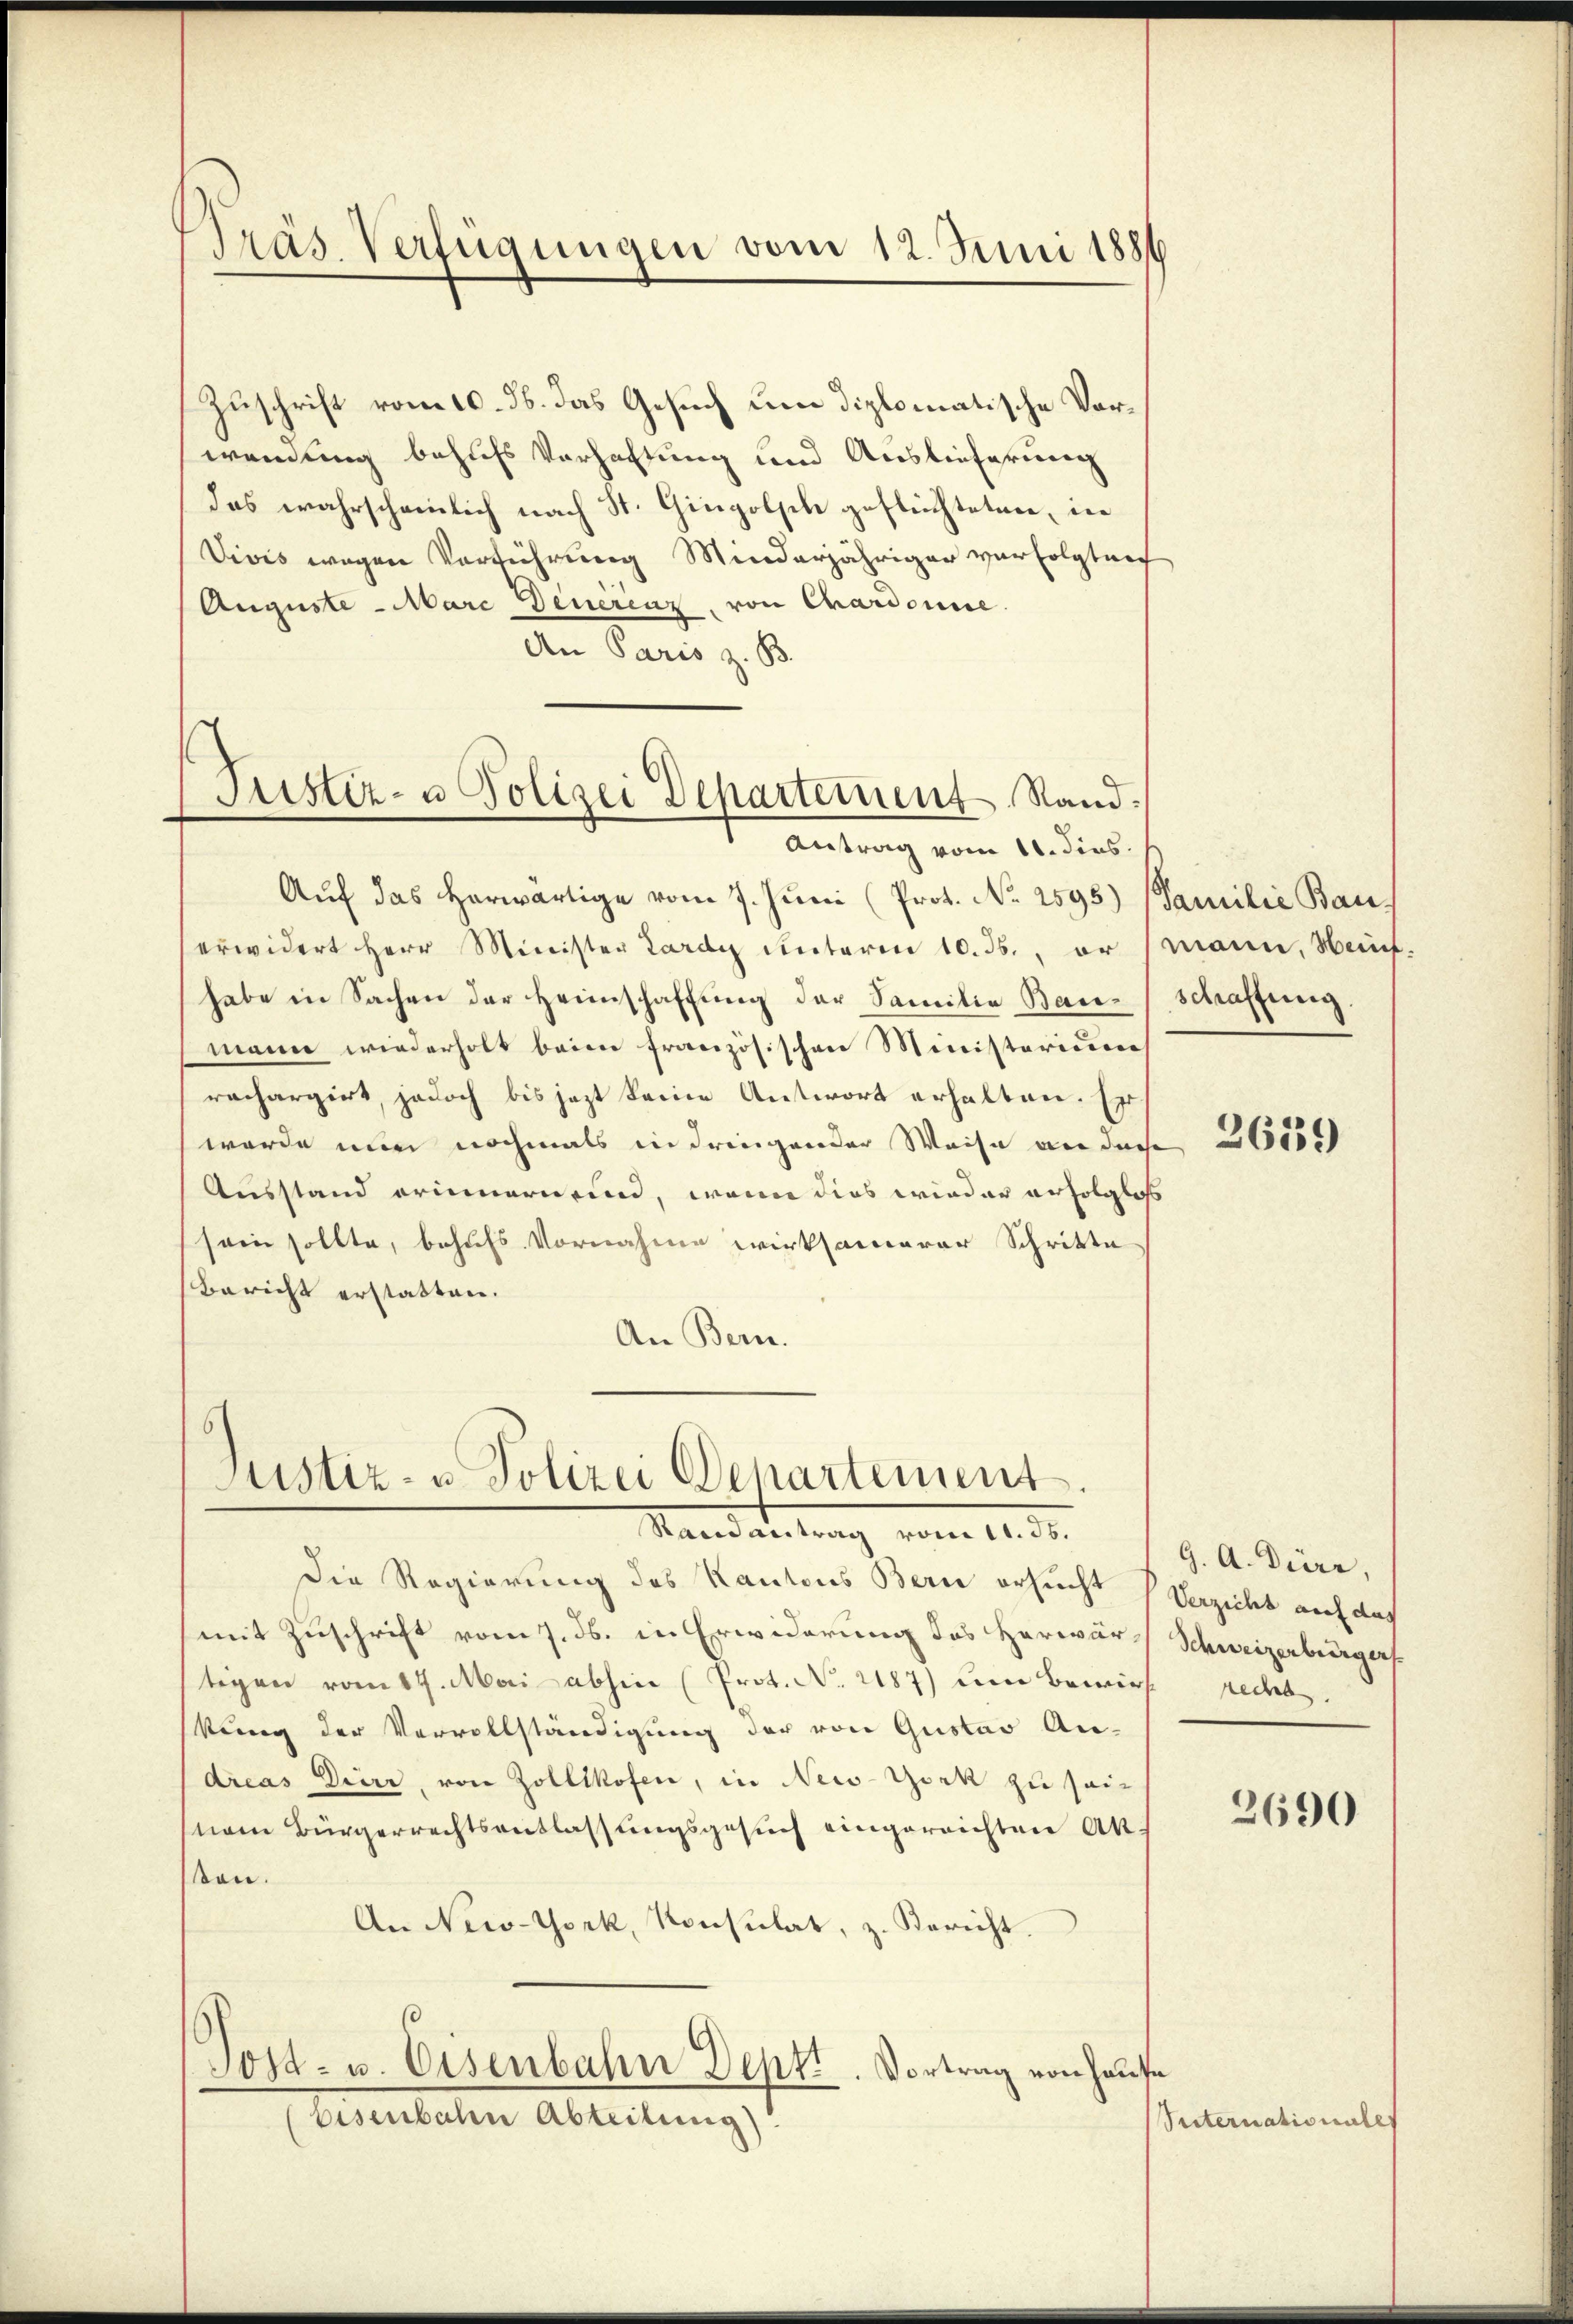
Präs. Verfügungen vom 12. Juni 1886

Zuschrift vom 10. ds. das Gesuch um diplomatische Vorwendung behufs Verhaltung und Auslieferung
das wahrscheinlich nach St. Gingolsch geflüchteten, in
Vivis wegen Verführung Minderjähriger verfolgter
Auguste - Marc Deuerenz, von Chardonne.
An Paris z. B.
Auf das herwärtige vom 7. Juni (Prot. No. 1595) Familie Bau-
erwidert Herr Minister Lardy unterm 10. 36. er
habe in Sachen der Heimschaffung der Familie Bau-
mann wiederholt beim französischen Ministerium
rachargirt, jedoch bis jezt keine Antwort erhalten. Er
werde nun nochmals in dringender Weise an diese
Ausstand erinnern sind, wenn dies wieder erfolgloss
sein sollte, behufs Vornahme wirksamerer Schritte
Bericht erstatten.
An Bern.

Justiz- u Polizei Departeinen Rand.
Antrag vom 11. dies

Justiz- u Polizei Departement
Randantrag vom 11. ds.

Die Regierung des Kantons Bern ersucht
mit Zuschrift vom 7. ds. in Erwiderung des Herwär Schweizerbergastigen vom 17. Mai abhin (Prot. No. 2187) um Bewirs redet
kung der Vervollständigung der von Gustav Andreas Dier, von Zollikofen, in New-York zu seinem Bürgerrechtsentlassungsgesuch eingereichten Akton.
An New-York, Konsulat, z. Bericht.
Sost- u. Eisenbahn Dept. Vortrag von Hause
bisenbahn Abteilung)

mann, Seif.
schaffung.

d

2639)

G. A. Diere,
Verzicht anal das

2690

Suternationale